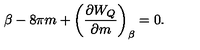
\beta - 8 \pi m + \left( { \frac { \partial W _ { Q } } { \partial m } } \right) _ { \beta } = 0 .